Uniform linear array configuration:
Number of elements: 12
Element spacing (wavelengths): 0.25
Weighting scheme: exponential
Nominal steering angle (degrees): -15
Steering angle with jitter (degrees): -15.167
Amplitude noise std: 0.05
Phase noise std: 0.05

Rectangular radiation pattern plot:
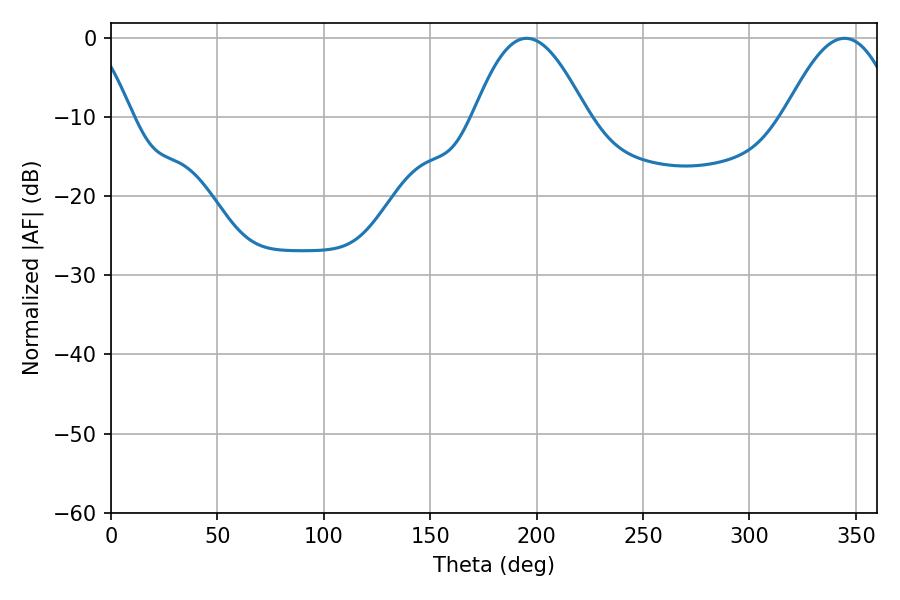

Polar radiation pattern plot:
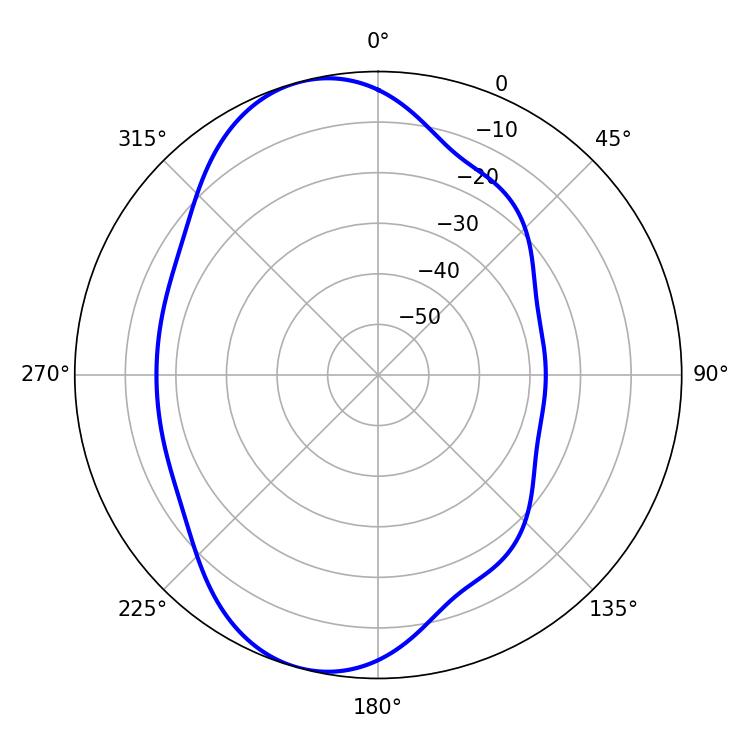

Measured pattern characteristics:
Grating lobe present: FALSE
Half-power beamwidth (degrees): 28.8
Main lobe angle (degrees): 195.3